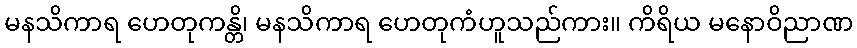
မနသိကာရ ဟေတုကန္တိ၊ မနသိကာရ ဟေတုကံဟူသည်ကား။ ကိရိယ မနောဝိညာဏ